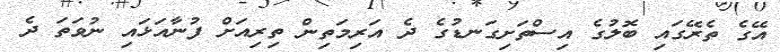
އޭގެ ތެރޭގައި ބޮލުގެ އިސްތަށިގަނޑުގެ ދެ އަރިމަތިން ތިރިއަށް ފުނާއަޅައި ނުވަތަ ދެ